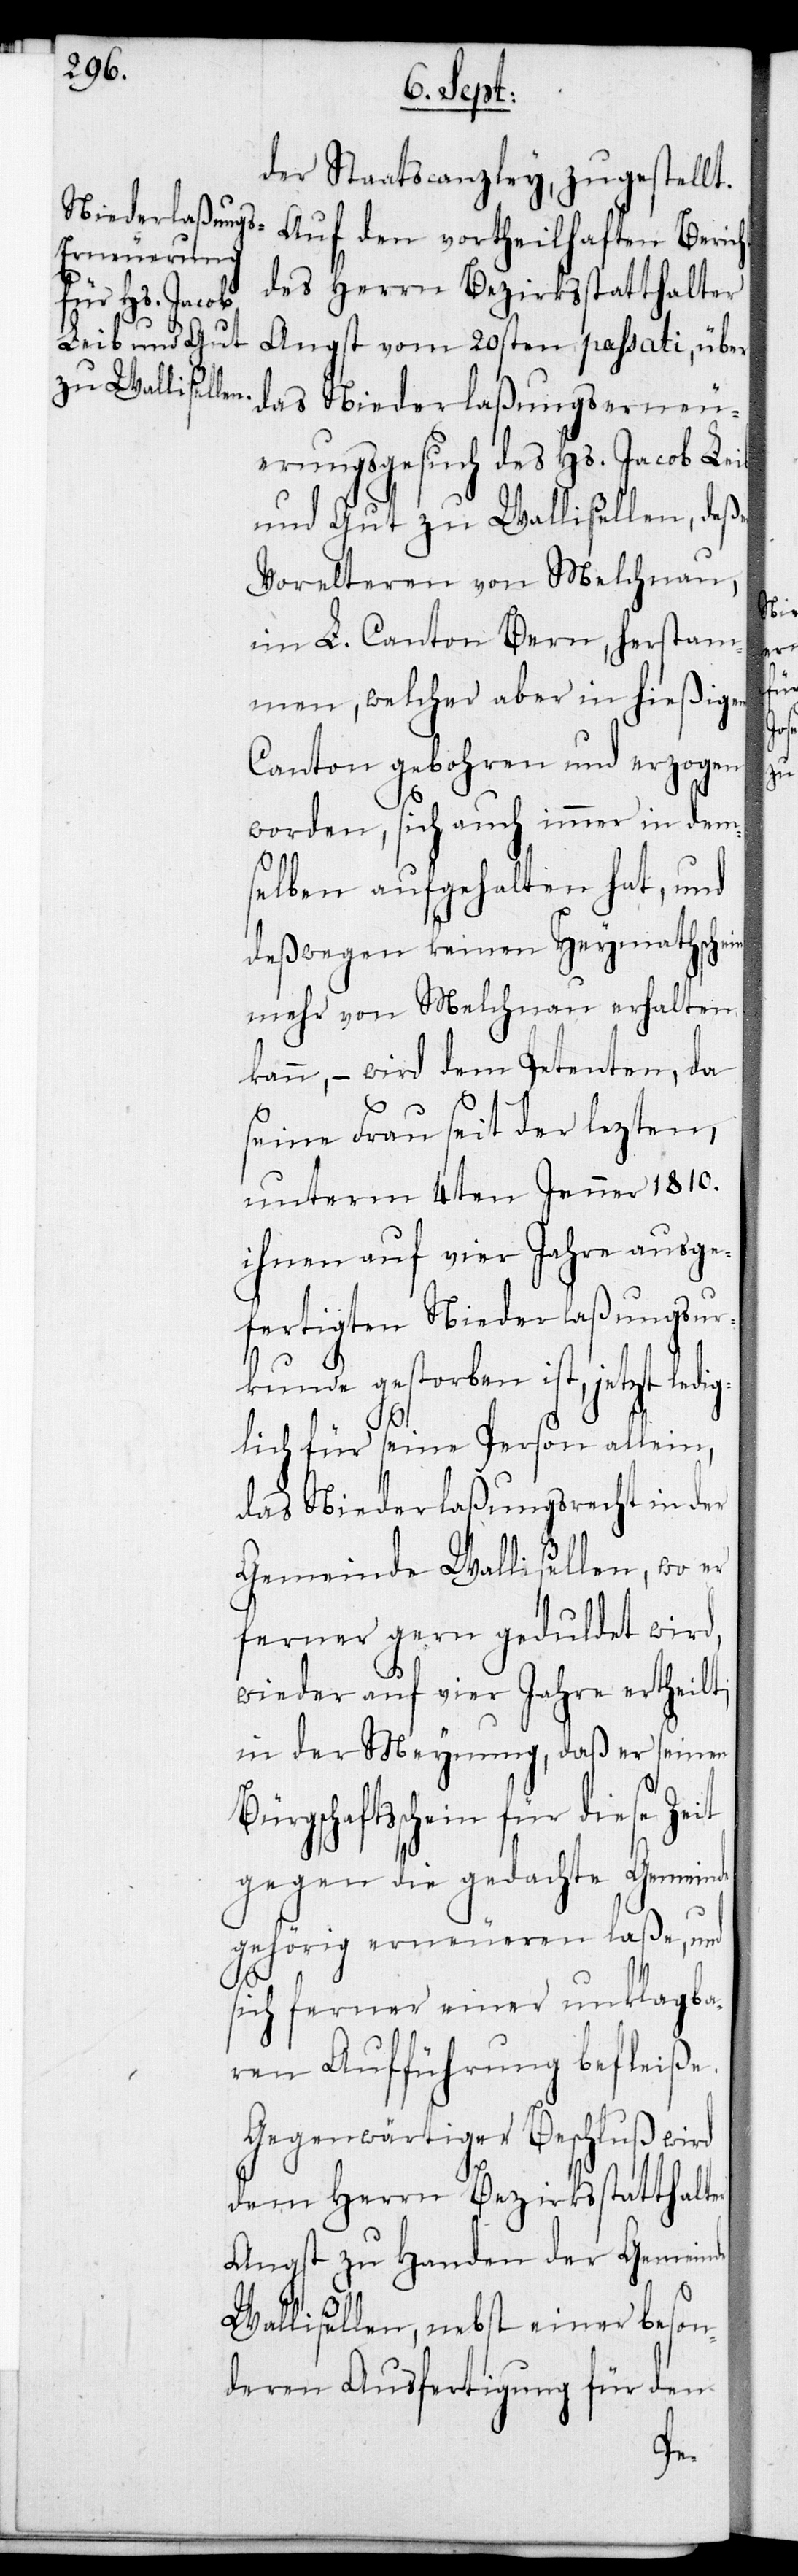
der Staatscanzley zugestellt.
Auf den vortheilhaften Bericht
des Herrn Bezirksstatthalter
Angst vom 20sten passati, über
das Niederlaßungserneu¬
erungsgesuch des Hs. Jacob Leib
und Gut zu Wallißellen, deßen
Vorelteren von Melchnau,
im L. Canton Bern herstam¬
men, welcher aber in hießigem
Canton gebohren und erzogen
worden, sich auch immer in dem¬
selben aufgehalten hat, und
deßwegen keinen Heymathschein
mehr von Melchnau erhalten
kann, – wird dem Petenten, da
seine Frau seit der lezten,
unterm 4ten Jenner 1810.
ihnen auf vier Jahre ausge¬
fertigten Niederlaßungsur¬
kunde gestorben ist, jetzt
glich für seine Person allein,
das Niederlaßungsrecht in der
Gemeinde Wallißellen, wo er
ferner gern geduldet wird,
wieder auf vier Jahre ertheilt;
in der Meynung, daß er seinen
ürgschaftsschein für diese Zeit
gegen die gedachte Gemeinde
gehörig erneueren laße, und
sich ferner einer unklagba¬
ren Aufführung befleiße.
Gegenwärtiger Beschluß wird
dem Herrn Bezirksstatthalter
Angst zu Handen der Gemein¬
Wallißellen, nebst einer beson¬
deren Ausfertigung für den

de
ledi¬